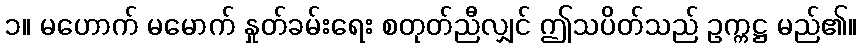
၁။ မဟောက် မမောက် နှုတ်ခမ်းရေး စတုတ်ညီလျှင် ဤသပိတ်သည် ဥက္ကဋ္ဌ မည်၏။